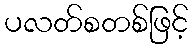
ပလတ်စတစ်ဖြင့်